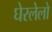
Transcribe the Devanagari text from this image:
घेरलेलो